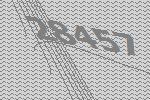
28457